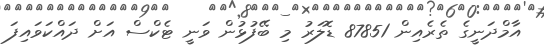
އާމްދަނީގެ ތެރެއިން 87851 ޑޮލަރު މި ބޭފުޅުން ވަނީ ޓެކްސް އަށް ދައްކަވައިފަ